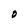
Character: O